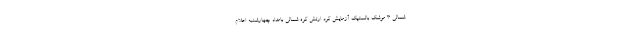
شمالی ۳ موشک بالستیک آزمایش کرد ارتش کره شمالی بامداد چهارشنبه اعلام